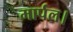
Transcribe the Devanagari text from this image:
मार्पल।